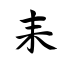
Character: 耒